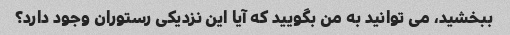
ببخشید، می توانید به من بگویید که آیا این نزدیکی رستوران وجود دارد؟